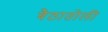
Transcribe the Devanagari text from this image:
बैठातोली